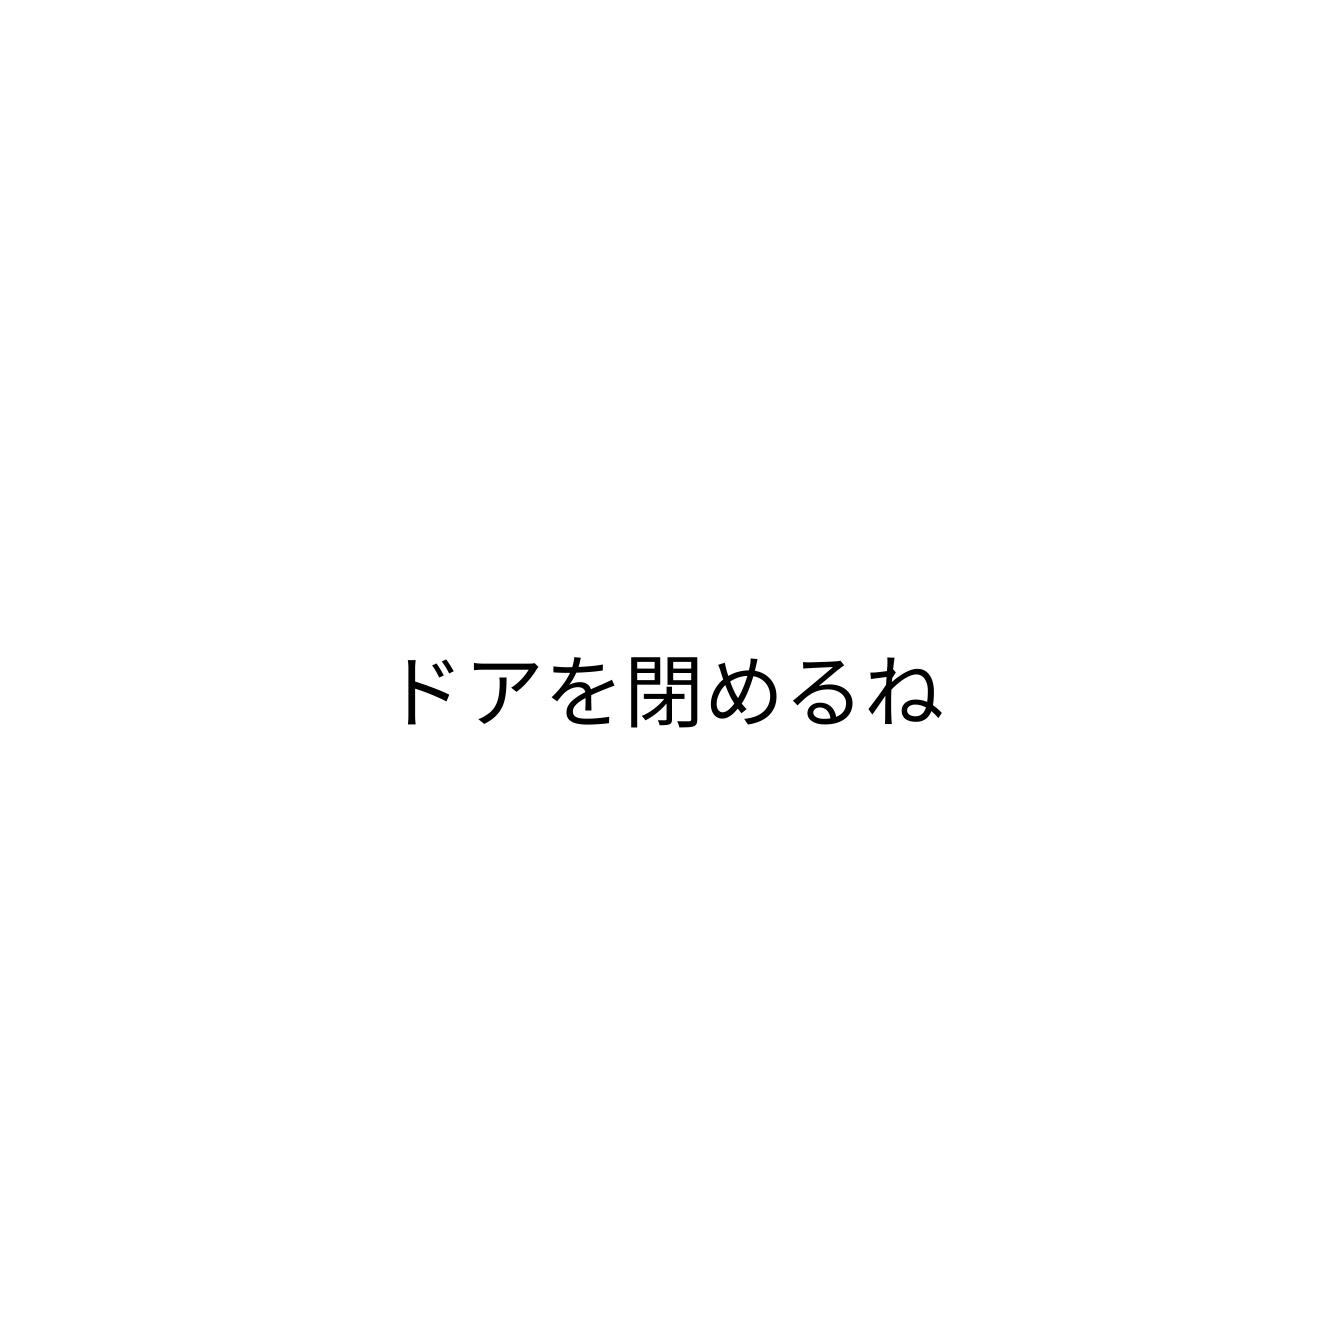
ドアを閉めるね